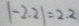
\vert - 2 . 2 \vert = 2 . 2